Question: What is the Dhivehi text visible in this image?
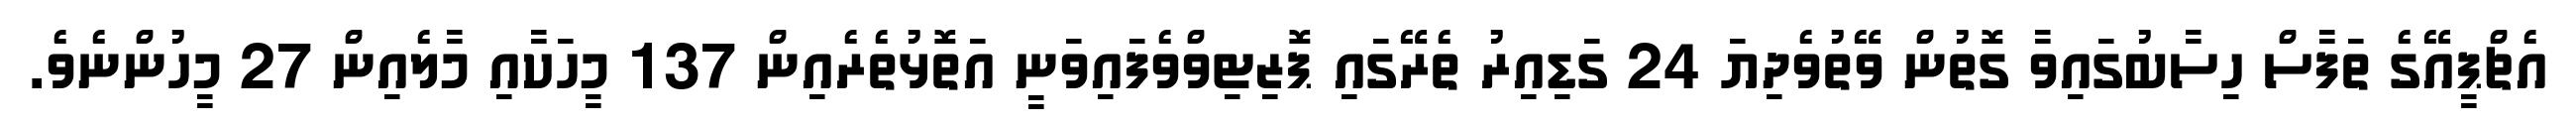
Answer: އެޗްޕީއޭގެ ތަފާސް ހިސާބުގައިވާ ގޮތުން ވޭތުވެދިޔަ 24 ގަޑިއިރު ތެރޭގައި ޕޮޒިޓިވްވެފައިވަނީ އަތޮޅުތެރެއިން 137 މީހަކާއި މާލެއިން 27 މީހުންނެވެ.